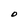
Character: D